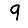
Digit: 9